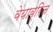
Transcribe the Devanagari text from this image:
वेयाब्रिज